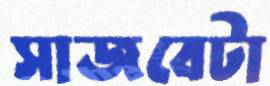
সাজবেটা